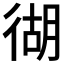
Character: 𱝴